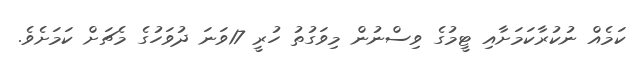
ކަމެއް ނުކުރާކަމަށާއި ޓީމުގެ ވިސްނުން މިވަގުތު ހުރީ 17ވަނަ ދުވަހުގެ މެޗަށް ކަމަށެވެ.